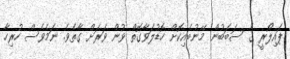
ޕައިލޯރީ ގެ ސަބަބުން މޭނުބައިކޮށް ހޮޑުލަވާގޮތް ވުން ވަރަށް ގާތެވެ. ނަމެވެސް ހުރިހާ